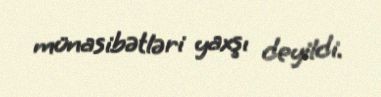
münasibətləri yaxşı deyildi.